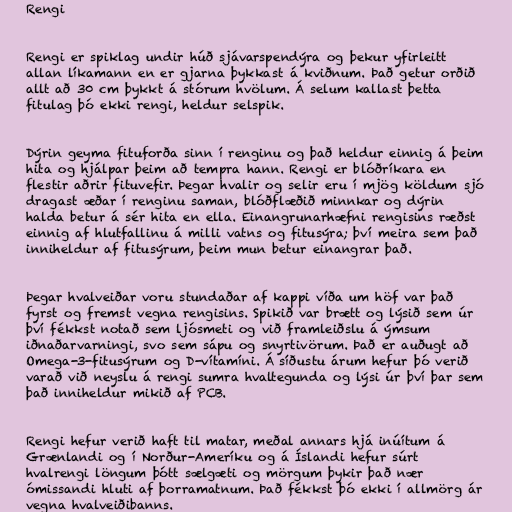
Rengi

Rengi er spiklag undir húð sjávarspendýra og þekur yfirleitt
allan líkamann en er gjarna þykkast á kviðnum. Það getur orðið
allt að 30 cm þykkt á stórum hvölum. Á selum kallast þetta
fitulag þó ekki rengi, heldur selspik.

Dýrin geyma fituforða sinn í renginu og það heldur einnig á þeim
hita og hjálpar þeim að tempra hann. Rengi er blóðríkara en
flestir aðrir fituvefir. Þegar hvalir og selir eru í mjög köldum sjó
dragast æðar í renginu saman, blóðflæðið minnkar og dýrin
halda betur á sér hita en ella. Einangrunarhæfni rengisins ræðst
einnig af hlutfallinu á milli vatns og fitusýra; því meira sem það
inniheldur af fitusýrum, þeim mun betur einangrar það.

Þegar hvalveiðar voru stundaðar af kappi víða um höf var það
fyrst og fremst vegna rengisins. Spikið var brætt og lýsið sem úr
því fékkst notað sem ljósmeti og við framleiðslu á ýmsum
iðnaðarvarningi, svo sem sápu og snyrtivörum. Það er auðugt að
Omega-3-fitusýrum og D-vítamíni. Á síðustu árum hefur þó verið
varað við neyslu á rengi sumra hvaltegunda og lýsi úr því þar sem
það inniheldur mikið af PCB.

Rengi hefur verið haft til matar, meðal annars hjá inúítum á
Grænlandi og í Norður-Ameríku og á Íslandi hefur súrt
hvalrengi löngum þótt sælgæti og mörgum þykir það nær
ómissandi hluti af þorramatnum. Það fékkst þó ekki í allmörg ár
vegna hvalveiðibanns.